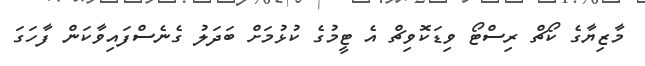
މާޒިޔާގެ ކޯޗް ރިސްޓޯ ވިޑަކޮވިޗް އެ ޓީމުގެ ކުޅުމަށް ބަދަލު ގެނެސްފައިވާކަން ފާހަގަ